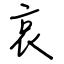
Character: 哀